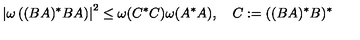
\left| \omega \left( ( B A ) ^ { * } B A \right) \right| ^ { 2 } \leq \omega ( C ^ { * } C ) \omega ( A ^ { * } A ) , \quad C : = ( ( B A ) ^ { * } B ) ^ { * }